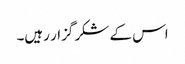
اس کے شکر گزار رہیں۔